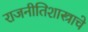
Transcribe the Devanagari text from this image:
राजनीतिशास्त्राचे